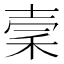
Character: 𥞤